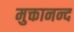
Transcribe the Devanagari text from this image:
मुक्तानन्द